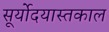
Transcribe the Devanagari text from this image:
सूर्योदयास्तकाल